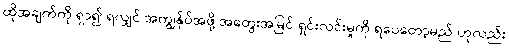
ထိုအချက်ကို ရှာ၍ ရလျှင် အကျွန်ုပ်အဖို့ အတွေးအမြင် ရှင်းလင်းမှုကို ရပေတော့မည် ဟုလည်း